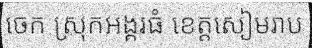
ចេក ស្រុកអង្គរធំ ខេត្តសៀមរាប